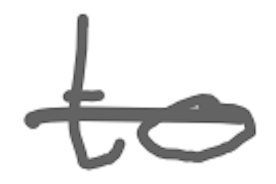
Text: to
Cross-out: single-line
Writing tool: digital_gray